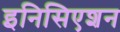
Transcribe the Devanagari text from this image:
इनिसिएशन